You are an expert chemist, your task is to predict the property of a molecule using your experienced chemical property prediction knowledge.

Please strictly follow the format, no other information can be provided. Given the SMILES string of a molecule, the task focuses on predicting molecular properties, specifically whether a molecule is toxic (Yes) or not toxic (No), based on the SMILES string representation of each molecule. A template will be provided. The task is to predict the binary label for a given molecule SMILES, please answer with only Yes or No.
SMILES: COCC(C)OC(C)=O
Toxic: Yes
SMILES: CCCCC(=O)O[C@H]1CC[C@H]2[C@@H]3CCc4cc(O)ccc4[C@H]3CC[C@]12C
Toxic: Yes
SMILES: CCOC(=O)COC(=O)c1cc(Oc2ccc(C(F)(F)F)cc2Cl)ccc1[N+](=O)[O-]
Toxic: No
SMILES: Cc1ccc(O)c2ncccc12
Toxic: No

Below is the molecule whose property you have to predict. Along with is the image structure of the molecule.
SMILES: Brc1ccc(Br)c(Br)c1
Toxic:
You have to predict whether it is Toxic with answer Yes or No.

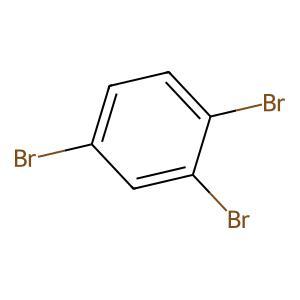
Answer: No